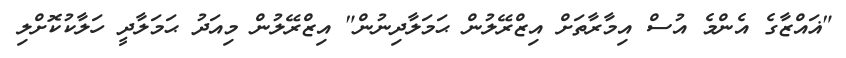
"ޣައްޒާގެ އެންމެ އުސް އިމާރާތަށް އިޒްރޭލުން ޙަމަލާދިނުން" އިޒްރޭލުން މިއަދު ޙަމަލާދީ ހަލާކުކޮށްލި